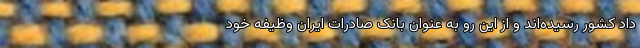
داد کشور رسیده‌اند و از این رو به عنوان بانک صادرات ایران وظیفه خود